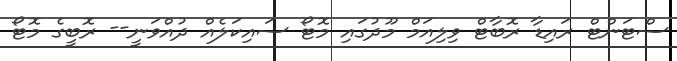
ސްޓަންޓް ރައިޑާ ރޮބާޓް ވިލިއަމް މޫދުގައި މޮޓޯ ސައިކަލެއް ދުއްވަނީ-- ރޮބީގެ މޮޓޯ